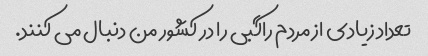
تعداد زیادی از مردم راگبی را در کشور من دنبال می کنند.